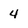
Character: 4